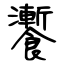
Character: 𩟗